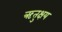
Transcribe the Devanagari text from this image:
ऋतुक्षय